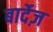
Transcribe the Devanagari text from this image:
बार्देज़